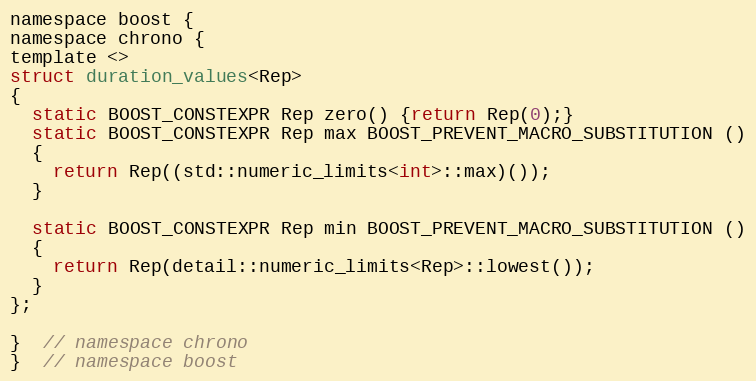
Language: C
namespace boost {
namespace chrono {
template <>
struct duration_values<Rep>
{
  static BOOST_CONSTEXPR Rep zero() {return Rep(0);}
  static BOOST_CONSTEXPR Rep max BOOST_PREVENT_MACRO_SUBSTITUTION ()
  {
    return Rep((std::numeric_limits<int>::max)());
  }

  static BOOST_CONSTEXPR Rep min BOOST_PREVENT_MACRO_SUBSTITUTION ()
  {
    return Rep(detail::numeric_limits<Rep>::lowest());
  }
};

}  // namespace chrono
}  // namespace boost